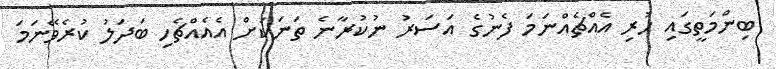
ބިންމަތީގައި ހުރި އެއްޗެއްނަމަ ފެނުގެ އަސަރު ނުކުރާނެ ތަނަކަށް އެއެއްޗެހި ބަދަލު ކުރެވޭނަމަ